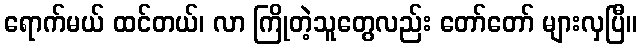
ရောက်မယ် ထင်တယ်၊ လာ ကြိုတဲ့သူတွေလည်း တော်တော် များလှပြီ။